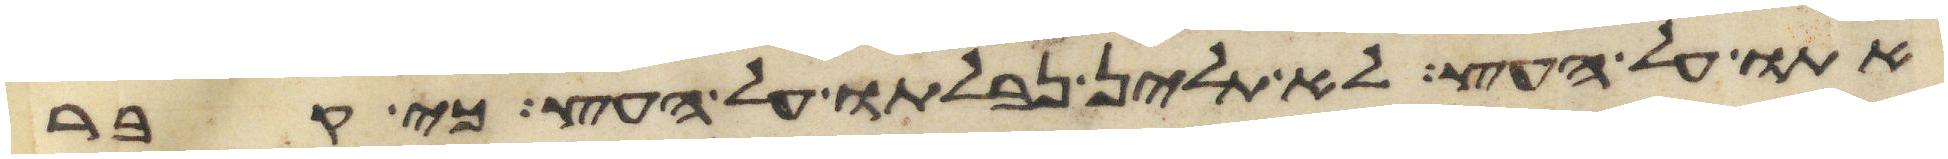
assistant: אתו על העץ לא תלין נבלתו על העץ כי קבר